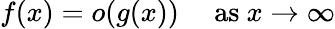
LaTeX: f(x)=o(g(x))\quad{\mathrm{~as~}}x\to\infty